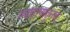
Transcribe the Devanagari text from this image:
रुपांतरणातूनच